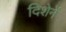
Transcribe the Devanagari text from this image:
दिशेनें